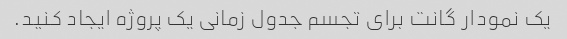
یک نمودار گانت برای تجسم جدول زمانی یک پروژه ایجاد کنید.